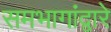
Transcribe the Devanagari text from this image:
समभागांद्वारे